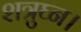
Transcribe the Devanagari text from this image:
शत्रुघ्न।